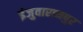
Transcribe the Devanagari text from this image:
इंजुवारामपुर